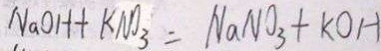
N a O H + K N O _ { 3 } = N a N O _ { 3 } + K O H